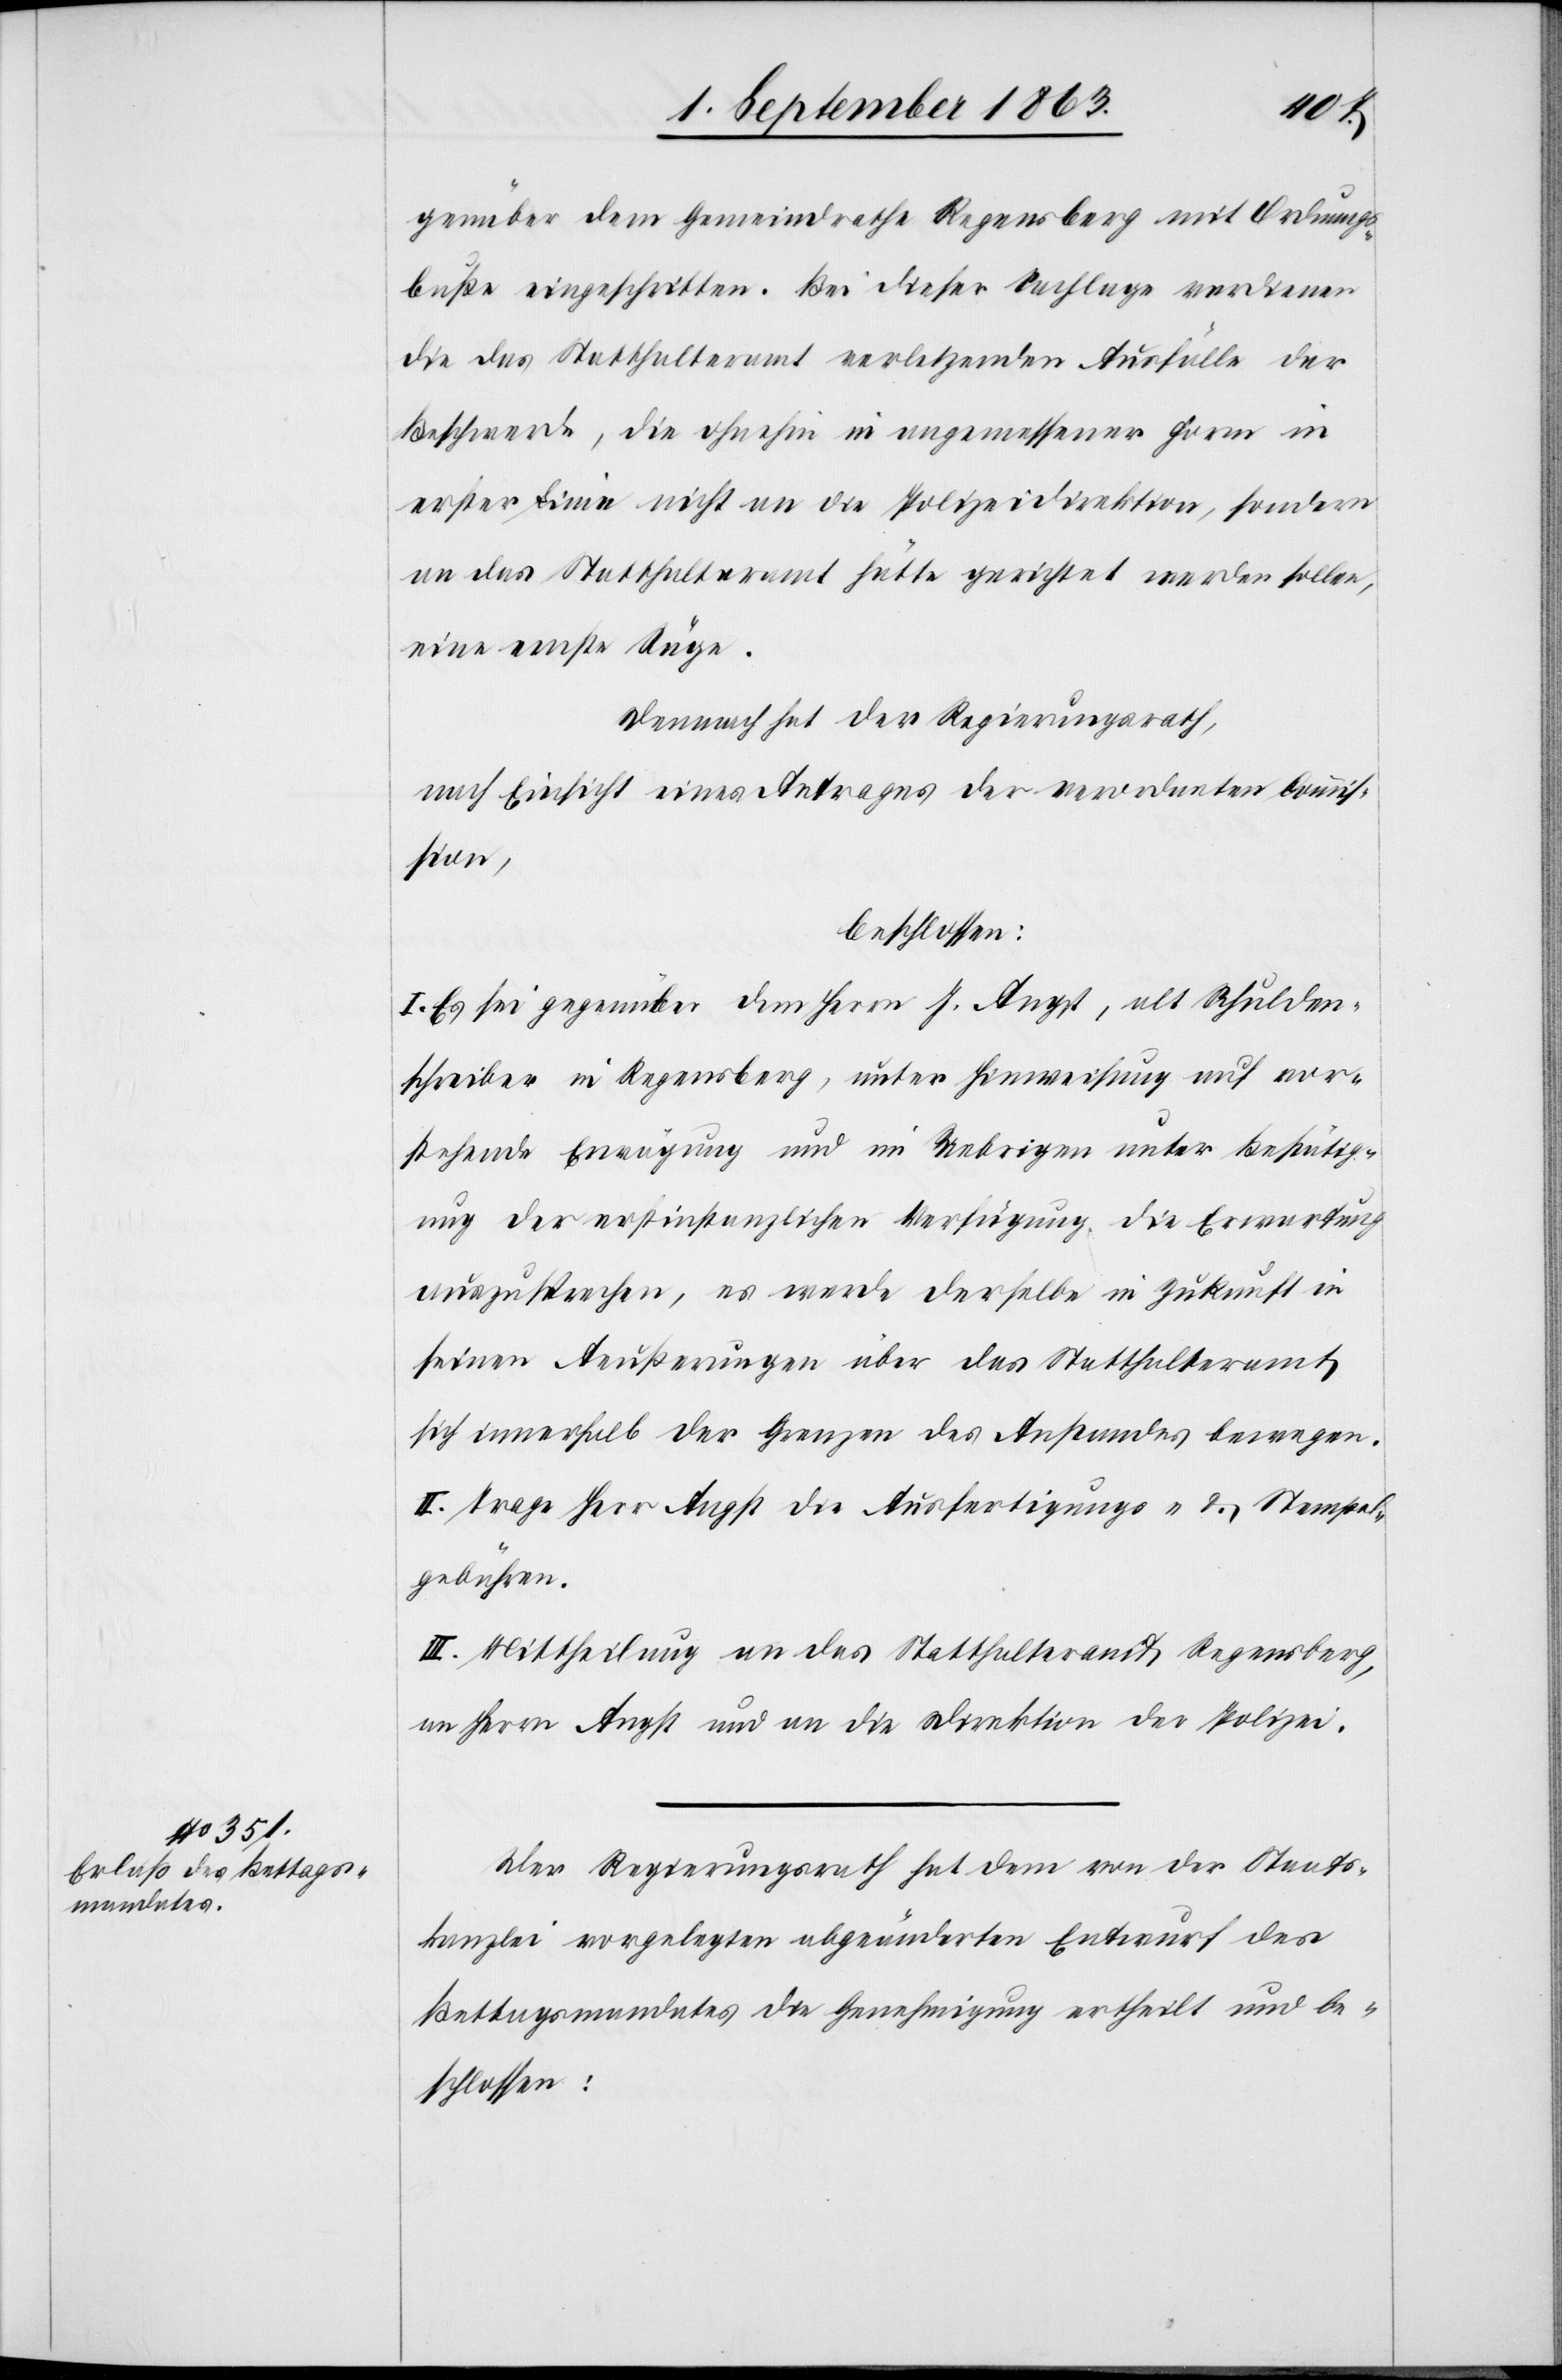
genüber dem Gemeindrathe Regensberg mit Ordnungs¬
buße eingeschritten. Bei dieser Sachlage verdienen
die das Statthalteramt verletzenden Ausfälle der
Beschwerde, die ohnehin in angemessener Form in
erster Linie nicht an die Polizeidirektion, sondern
an das Statthalteramt hätte gerichtet werden sollen,
eine ernste Rüge.
Demnach hat der Regierungsrath,
nach Einsicht eines Antrages der verordneten Commis¬
sion,
beschlossen:
I. Es sei gegenüber dem Herrn J. Angst, alt Schulden¬
schreiber in Regensberg, unter Hinweisung auf vor¬
stehende Erwägung und im Uebrigen unter Bestätig¬
ung der erstinstanzlichen Verfügung die Erwartung
auszusprechen, es werde derselbe in Zukunft in
seinen Aeußerungen über das Statthalteramt
sich innerhalb der Grenzen des Anstandes bewegen.
II. Trage Herr Angst die Ausfertigungs- & Stempel¬
gebühren.
III. Mittheilung an das Statthalteramt Regensberg,
an Herrn Angst und an die Direktion der Polizei.
Der Regierungsrath hat dem von der Staats¬
kanzlei vorgelegten abgeänderten Entwurf des
Bettagsmandates die Genehmigung ertheilt und be¬
schlossen: